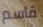
قاسم